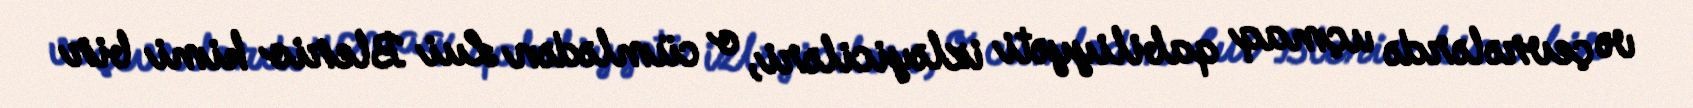
və çevrələrdə uçmaq qabiliyyəti izləyiciləri, o cümlədən Lui Blerio kimi bir